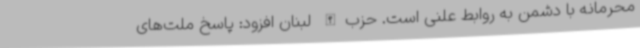
محرمانه با دشمن به روابط علنی است. حزب‌الله لبنان افزود: پاسخ ملت‌های